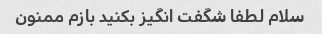
سلام لطفا شگفت انگیز بکنید بازم ممنون